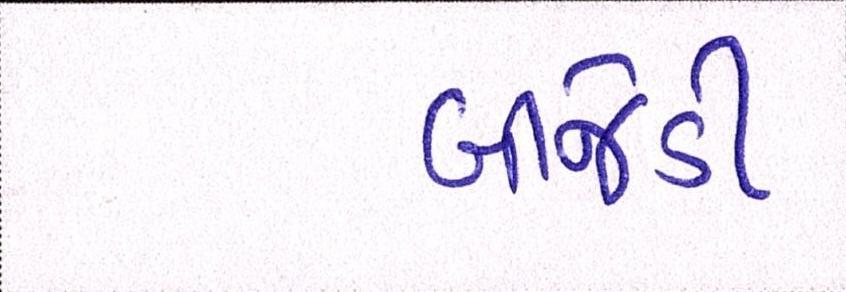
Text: બીજેડી